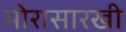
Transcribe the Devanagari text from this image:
मोरासारखी